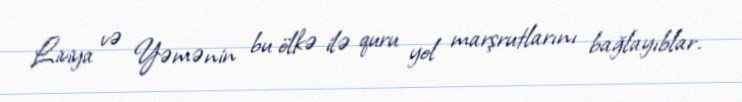
Liviya və Yəmənin bu ölkə ilə quru yol marşrutlarını bağlayıblar.